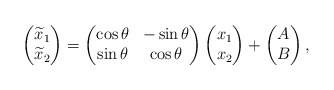
\begin{align*}\begin{pmatrix}\widetilde{x}_1\\\widetilde{x}_2\end{pmatrix}=\begin{pmatrix}\cos \theta & -\sin \theta\\\sin \theta & \cos \theta\end{pmatrix}\begin{pmatrix}x_1\\x_2\end{pmatrix}+\begin{pmatrix}A\\B\end{pmatrix},\end{align*}